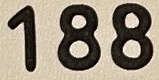
188